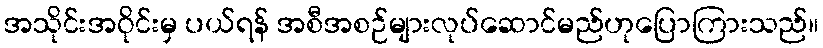
အသိုင်းအဝိုင်းမှ ပယ်ရန် အစီအစဉ်များလုပ်ဆောင်မည်ဟုပြောကြားသည်။